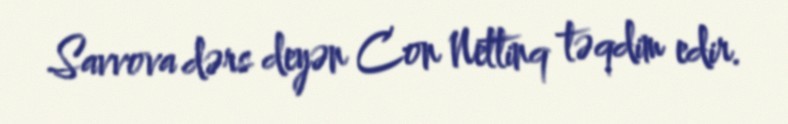
Savvova dərs deyən Con Nettinq təqdim edir.